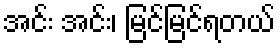
အင်း အင်း၊ မြင်မြင်ရတယ်